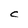
Character: C